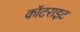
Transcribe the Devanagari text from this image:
कॉटराइट